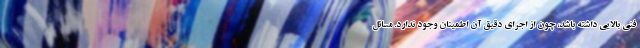
فنی بالایی داشته باشد، چون از اجرای دقیق آن اطمینان وجود ندارد. مسائل